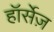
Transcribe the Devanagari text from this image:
हॉर्सेज़